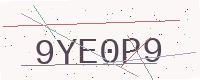
Text: 9YE0P9